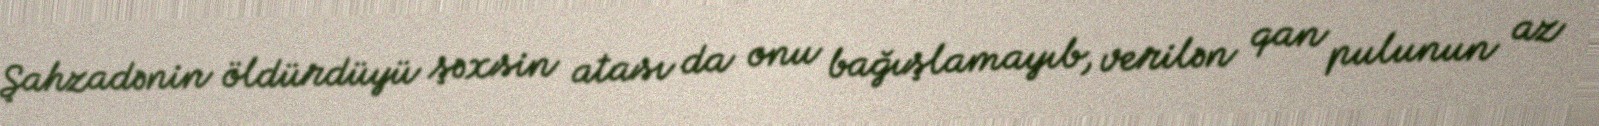
Şahzadənin öldürdüyü şəxsin atası da onu bağışlamayıb, verilən qan pulunun az